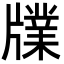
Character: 㸣